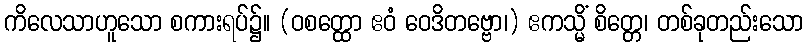
ကိလေသာဟူသော စကားရပ်၌။ (ဝစတ္ထော ဧဝံ ဝေဒိတဗ္ဗော၊) ဧကသ္မိံ စိတ္တေ၊ တစ်ခုတည်းသော